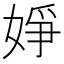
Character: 婙